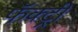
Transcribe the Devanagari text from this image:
फॅक्ट्री